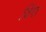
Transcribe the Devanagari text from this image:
विंगा